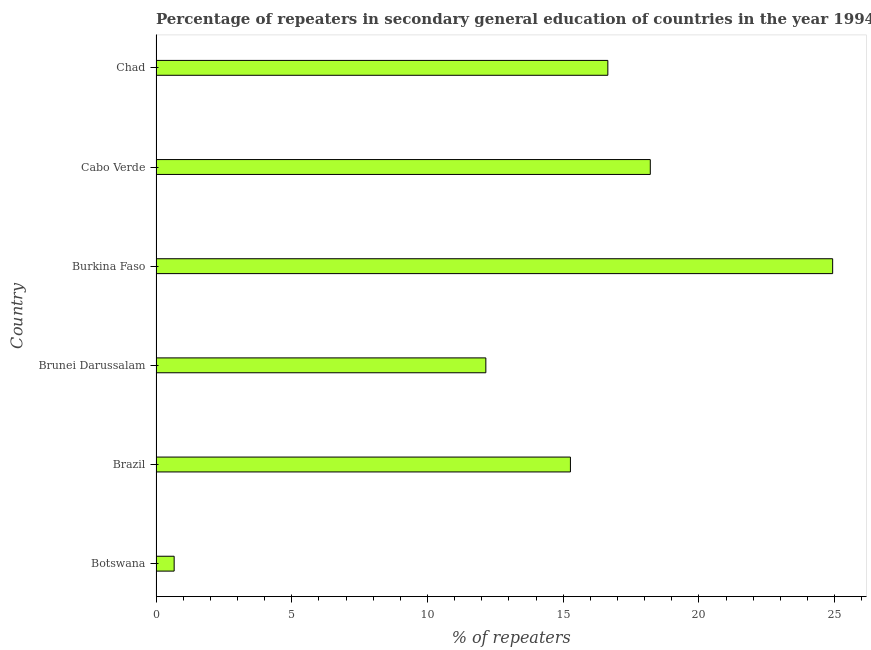
| Country | Percentage of repeaters |
 | --- | --- |
 | Botswana | 0.668 |
 | Brazil | 15.3 |
 | Brunei Darussalam | 12.1 |
 | Burkina Faso | 24.9 |
 | Cabo Verde | 18.2 |
 | Chad | 16.6 |